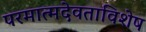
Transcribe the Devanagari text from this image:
परमात्मदेवताविशेष